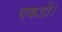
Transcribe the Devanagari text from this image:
पकडी।